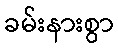
ခမ်းနားစွာ